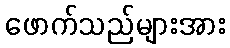
ဖောက်သည်များအား